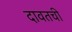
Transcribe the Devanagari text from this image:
दावतची